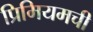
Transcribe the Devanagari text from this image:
प्रिमियमची